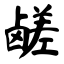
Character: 鹾